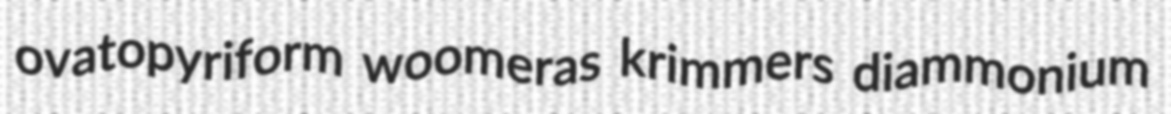
ovatopyriform woomeras krimmers diammonium